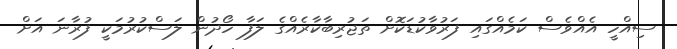
ސިއްހީ އެއްވެސް ކަމެއްގައި ފަރުވާކުޑަކޮށް ތަޖުރިބާކާރެއްގެ ލަފާ ހޯދުން ލަސްކުރުމަކީ ފުރާނަ އަށް